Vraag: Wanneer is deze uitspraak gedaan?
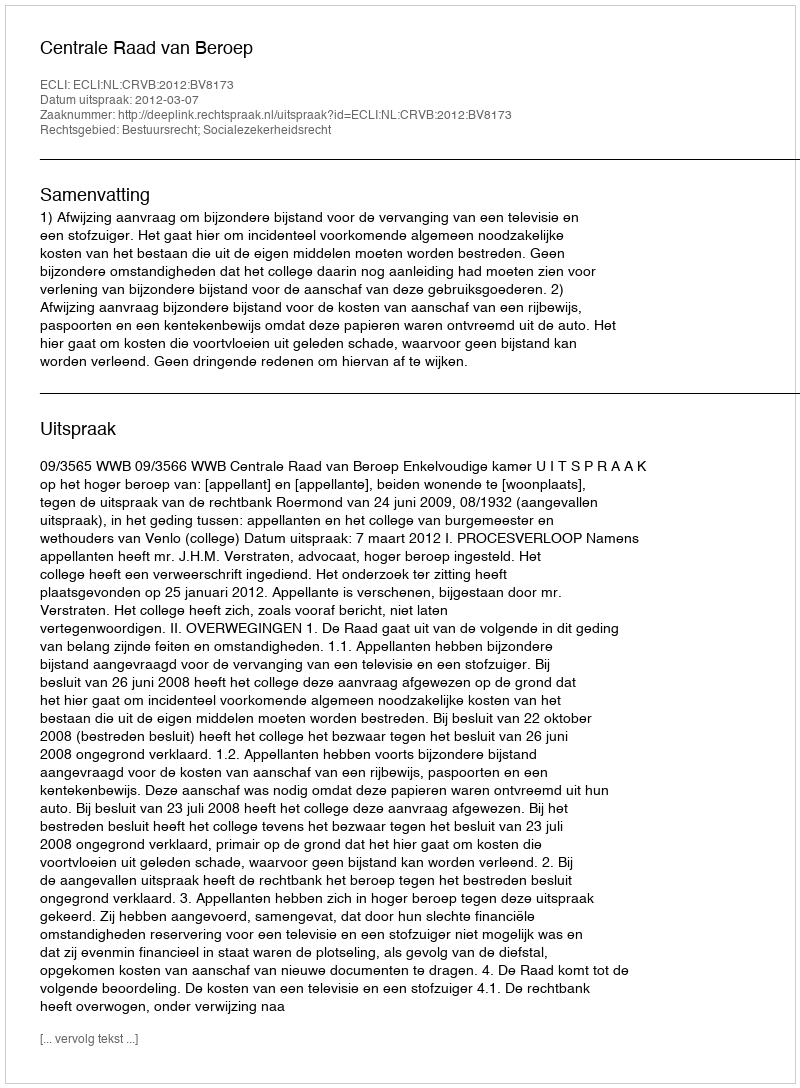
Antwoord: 2012-03-07